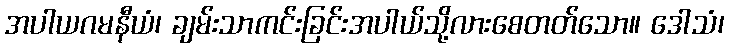
အပါယဂမနီယံ၊ ချမ်းသာကင်းခြင်းအပါယ်သို့လားစေတတ်သော။ ဒေါသံ၊